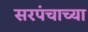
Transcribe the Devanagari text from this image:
सरपंचाच्या